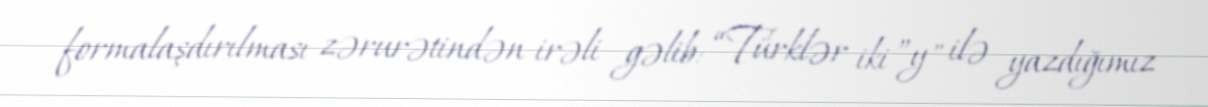
formalaşdırılması zərurətindən irəli gəlib: “Türklər iki ”y" ilə yazdığımız